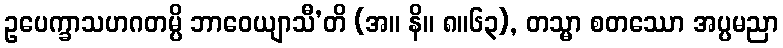
ဥပေက္ခာသဟဂတမ္ပိ ဘာဝေယျာသီ’တိ (အ။ နိ။ ၈။၆၃), တသ္မာ စတဿော အပ္ပမညာ